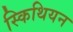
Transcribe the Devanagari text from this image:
स्किथियन